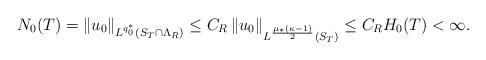
LaTeX: \begin{align*} N_0(T)= \|u_0\|_{L^{q_0^\ast}(S_T \cap \Lambda_{R})} \le C_R \left\|u_0\right\|_{L^{\frac{\mu_\ast (\kappa -1)} 2}(S_T)} \le C_R H_0(T) <\infty.\end{align*}